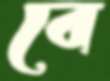
বে